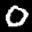
Label: 0